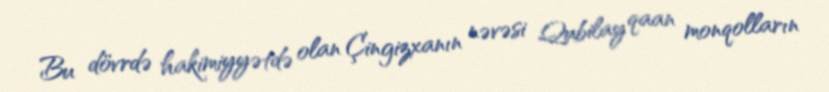
Bu dövrdə hakimiyyətdə olan Çingizxanın nəvəsi Qubilay qaan monqolların